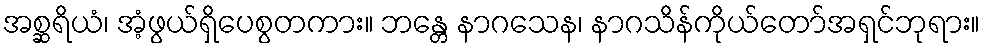
အစ္ဆရိယံ၊ အံ့ဖွယ်ရှိပေစွတကား။ ဘန္တေ နာဂသေန၊ နာဂသိန်ကိုယ်တော်အရှင်ဘုရား။